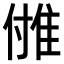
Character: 𨾪